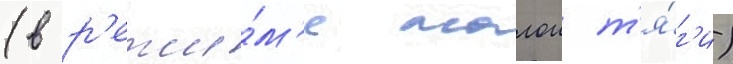
(в р'ежи́м'е малои т'я́г'и)